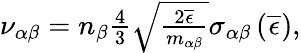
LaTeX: \begin{array}{r}{{\nu}_{\alpha\beta}=n_{\beta}\frac{4}{3}\sqrt{\frac{2\overline{{\epsilon}}}{m_{\alpha\beta}}}\sigma_{\alpha\beta}\left(\overline{{\epsilon}}\right),}\end{array}